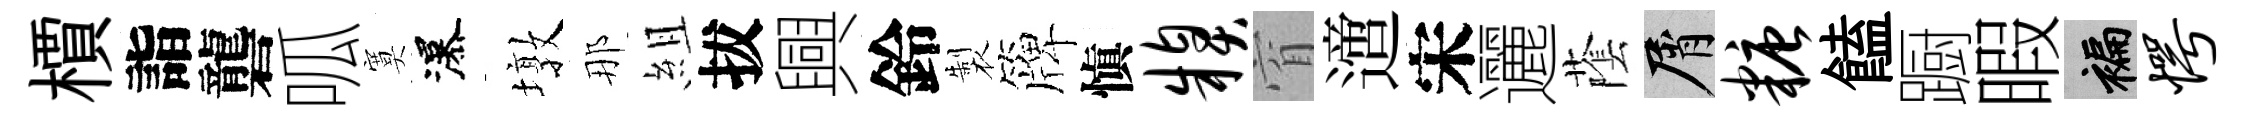
檟詣礱呱寞瀑墩那組拔興鈴製簰愼糗窅𨗁宋邐䕃屑糖饁蹰暇褊愕